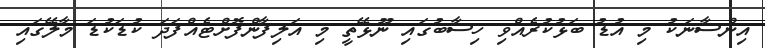
އިންސާނަކު މި އުޑު ބަޅުކުރެއްވި ހިސާބުގައި ނޫޅޭތީ މި އަލިފާންފޮށްޓެއްފަދަ ކުޑަކުޑަ މާލޭގައި